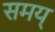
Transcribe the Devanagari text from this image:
समय्